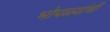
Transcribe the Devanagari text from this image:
भोपळ्यांची